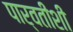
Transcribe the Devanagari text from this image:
पार्वतीशी